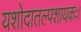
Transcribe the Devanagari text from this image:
यशोदातल्पशायकः।